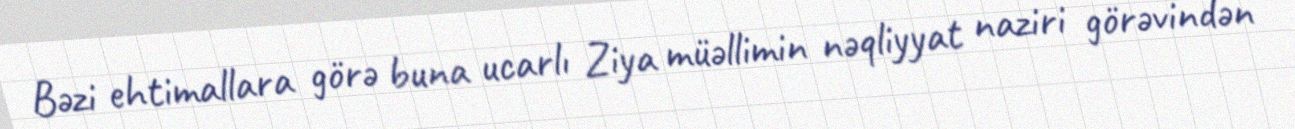
Bəzi ehtimallara görə buna ucarlı Ziya müəllimin nəqliyyat naziri görəvindən